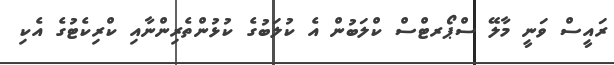
ރައީސް ވަނީ މާލޭ ސްޕޯރޓްސް ކްލަބުން އެ ކުލަބުގެ ކުޅުންތެރިންނާއި ކްރިކެޓުގެ އެކި